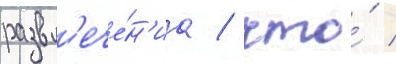
развл'ече́н'иа / что́ /